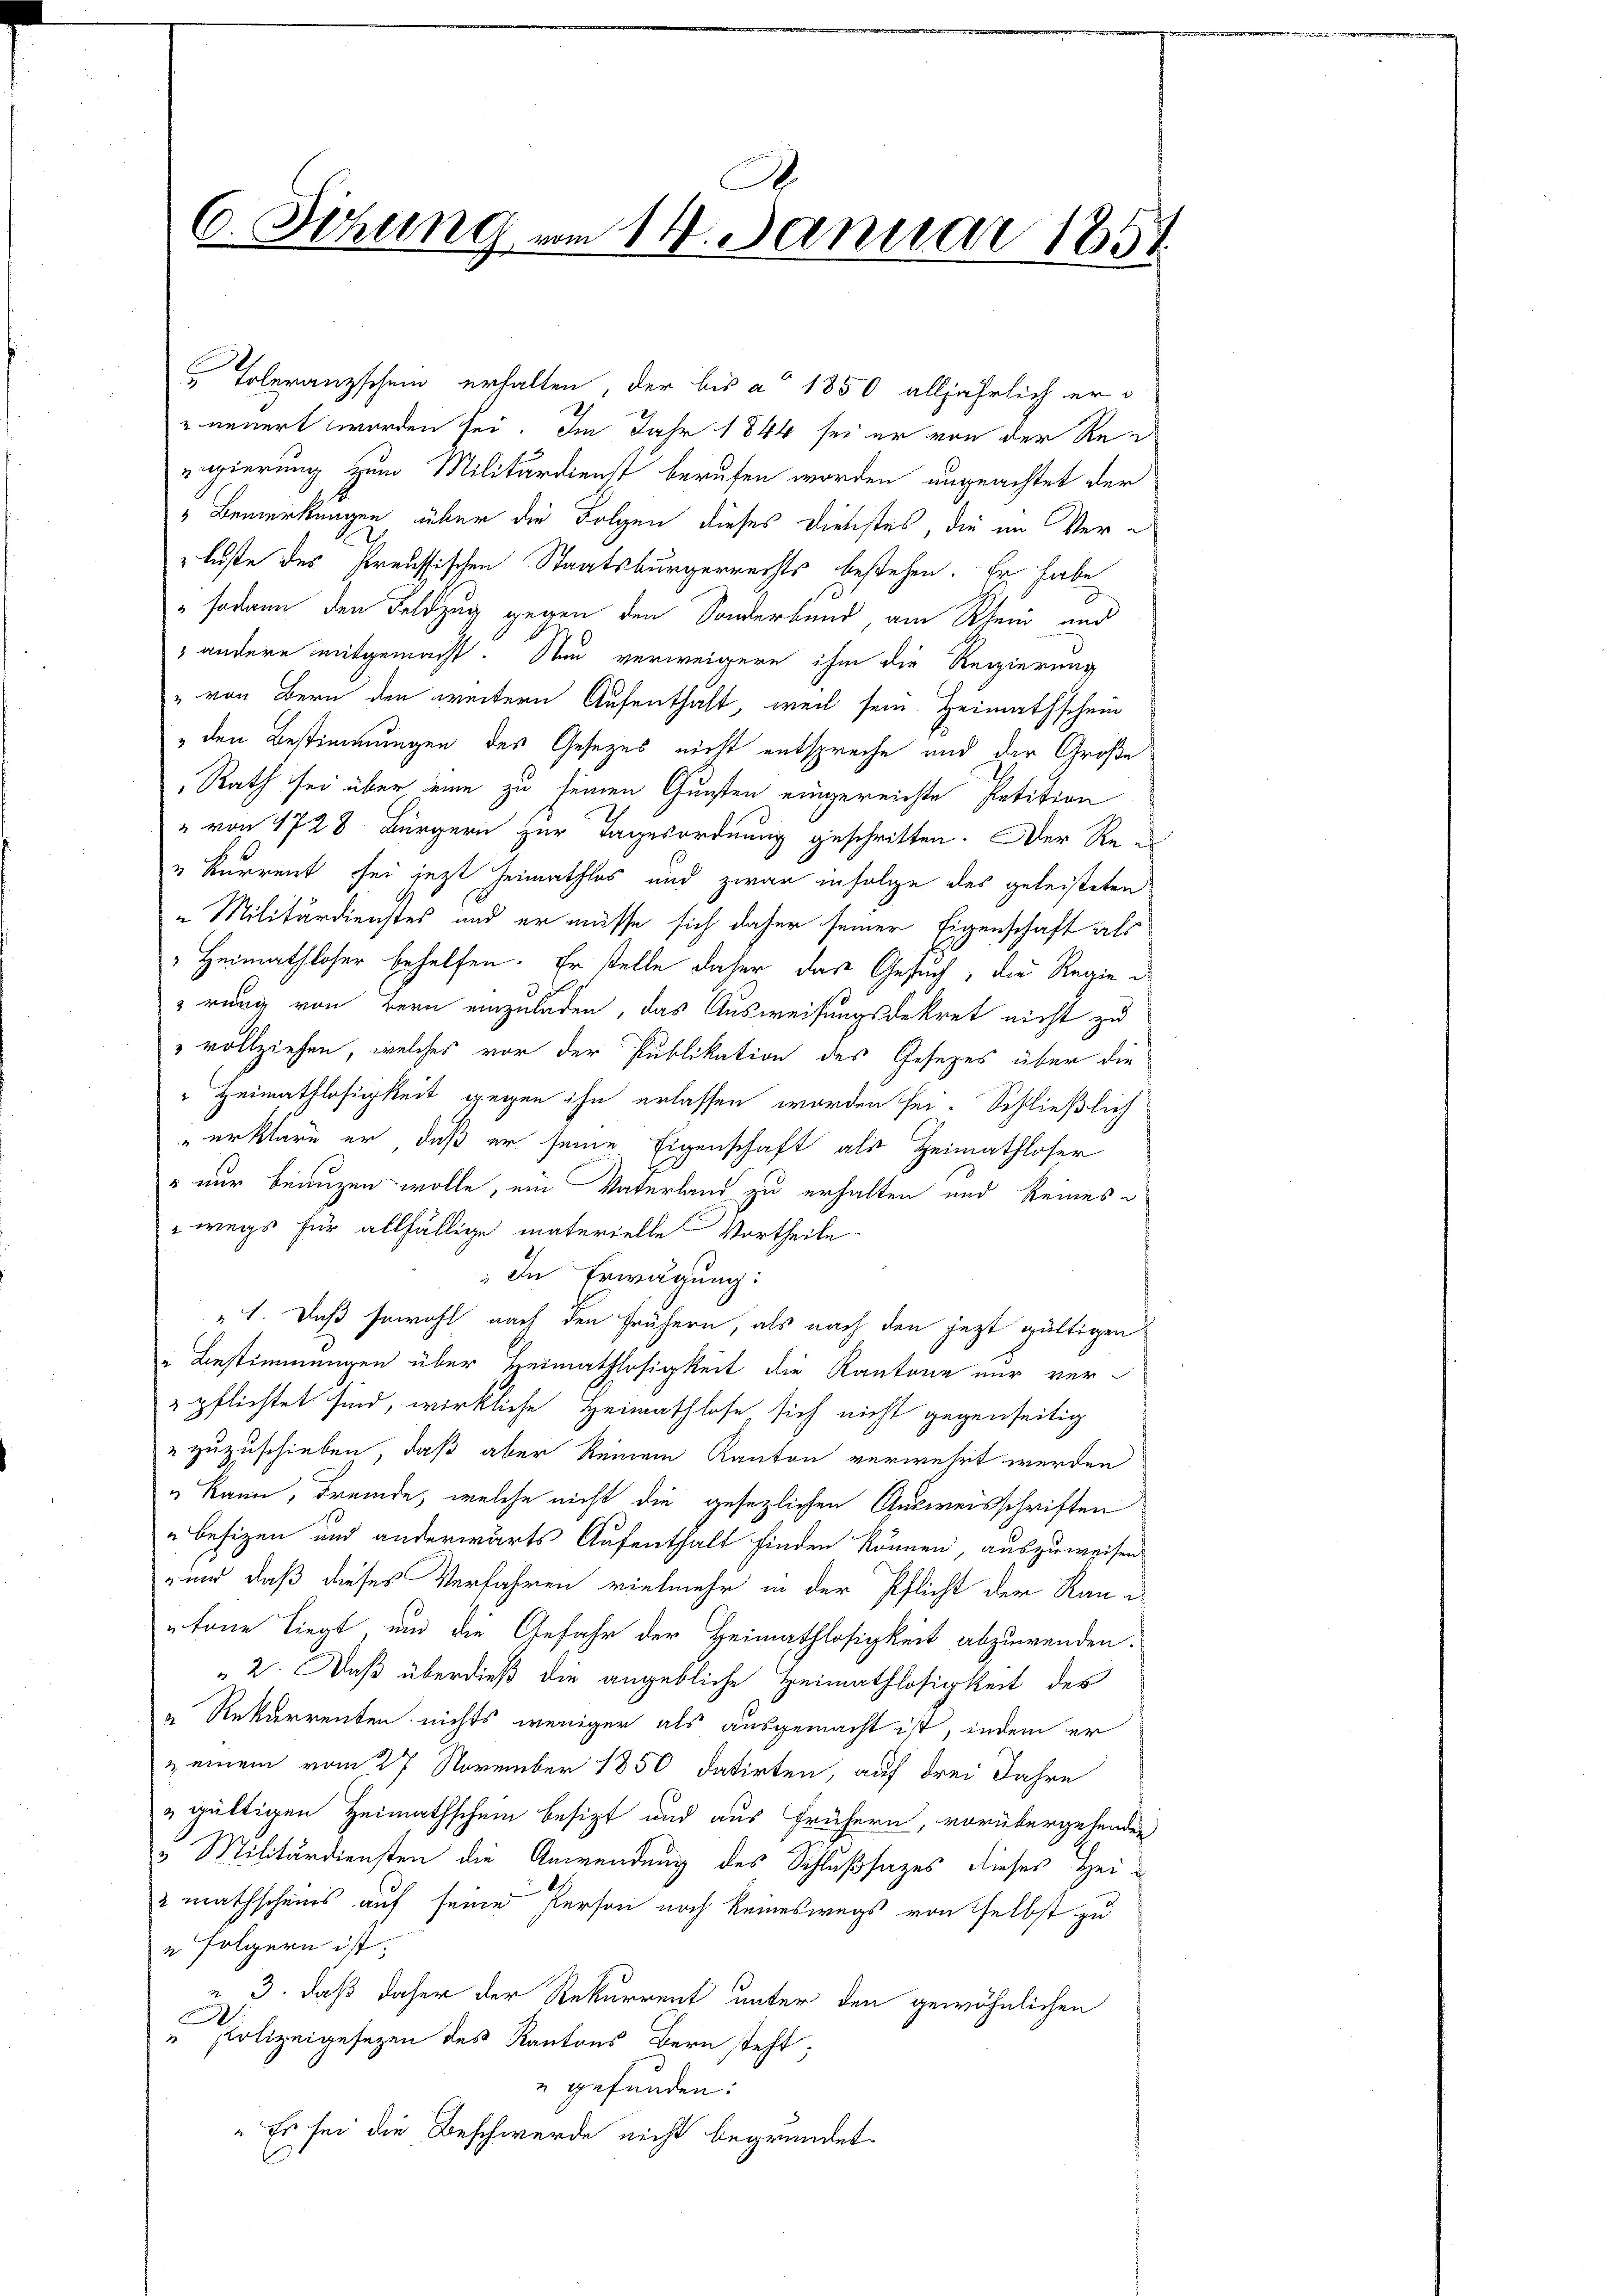
6. Sitzung vom 14. Januar 1851

Toleranzschein erhalten, der bis a. 1850 alljährlich er¬
u neuert worden sei. Im Jahr 1844 sei er von der Reregierung zum Militärdienst berufen worden ungeachtet der
" Bemerkungen über die Folgen dieses Dienstes, die im Verluste des Preussischen Staatsbürgerrechts bestehen. Er habe
" sodann den Feldzug gegen den Sonderbund am Rhein und
3 andere mitgemacht. Nun verweigere ihm die Regierung
" von Bern den weitern Aufenthält, weil sein Heimathschein
" den Bestimmungen des Gesetzes nicht entspreche und der Große
Rath sei über eine zu seinen Gunsten eingereichte Petition
" von 1728 Bürgern zur Tagesordnung geschritten. Der Re¬
„ Kurrent sei jetzt heimathlos und zwar infolge des geleisteten
"Militärdienstes und er müsse sich daher seiner Eigenschaft als
Heimathloser behelfen. Er stelle daher das Gesuch, die Regie
p
rung von Bern einzuladen, das Ausweisungsdekret nicht zu
" vollziehen, welches vor der Publikation des Gesetzes über die
" Heimathlosigkeit gegen ihn erlassen worden sei. Schließlich
erkläre er, daß er seine Eigenschaft als Heimathloser
" nur benuzen wolle, ein Vaterland zu erhalten und keines
wegs für allfällige materielle Vortheile
In Erwägung:
„1. Daß sowohl nach den frühern, als nach den jetzt gültigen
" Bestimmungen über Heimathlosigkeit die Kantone nur verpflichtet sind, wirkliche Heimathlose sich nicht gegenseitig
" zuzuschieben, daß aber keinem Kanton verwehrt werden
" kann, Fremde, welche nicht die gesezlichen Ausweisschriften
" befizen und anderwärts Aufenthalt finden können, auszuweisen.
 und daß dieses Verfahren vielmehr in der Pflicht der Rautone liegt, und die Gefahr der Heimathlosigkeit abzuwenden.
2. Daß überdieß die angebliche Heimathlosigkeit der
a Rekurrenten nichts weniger als ausgemacht ist, indem er
 einem vom 27 November 1850 datirten, auf drei Jahre
" gültigen Heimathschein besizt und aus frühern, vorübergehenden
 Militärdiensten die Anwendung des Schlußfazes dieses Hei¬
2 mathscheins auf seine Person noch keineswegs von selbst zu
 Folgern ist.
 3. daß daher der Rekurrent unter den gewöhnlichen
" Polizeigesezen des Kantons Bern steht;
" gefunden:
" Es sei die Beschwerde nicht begründet.